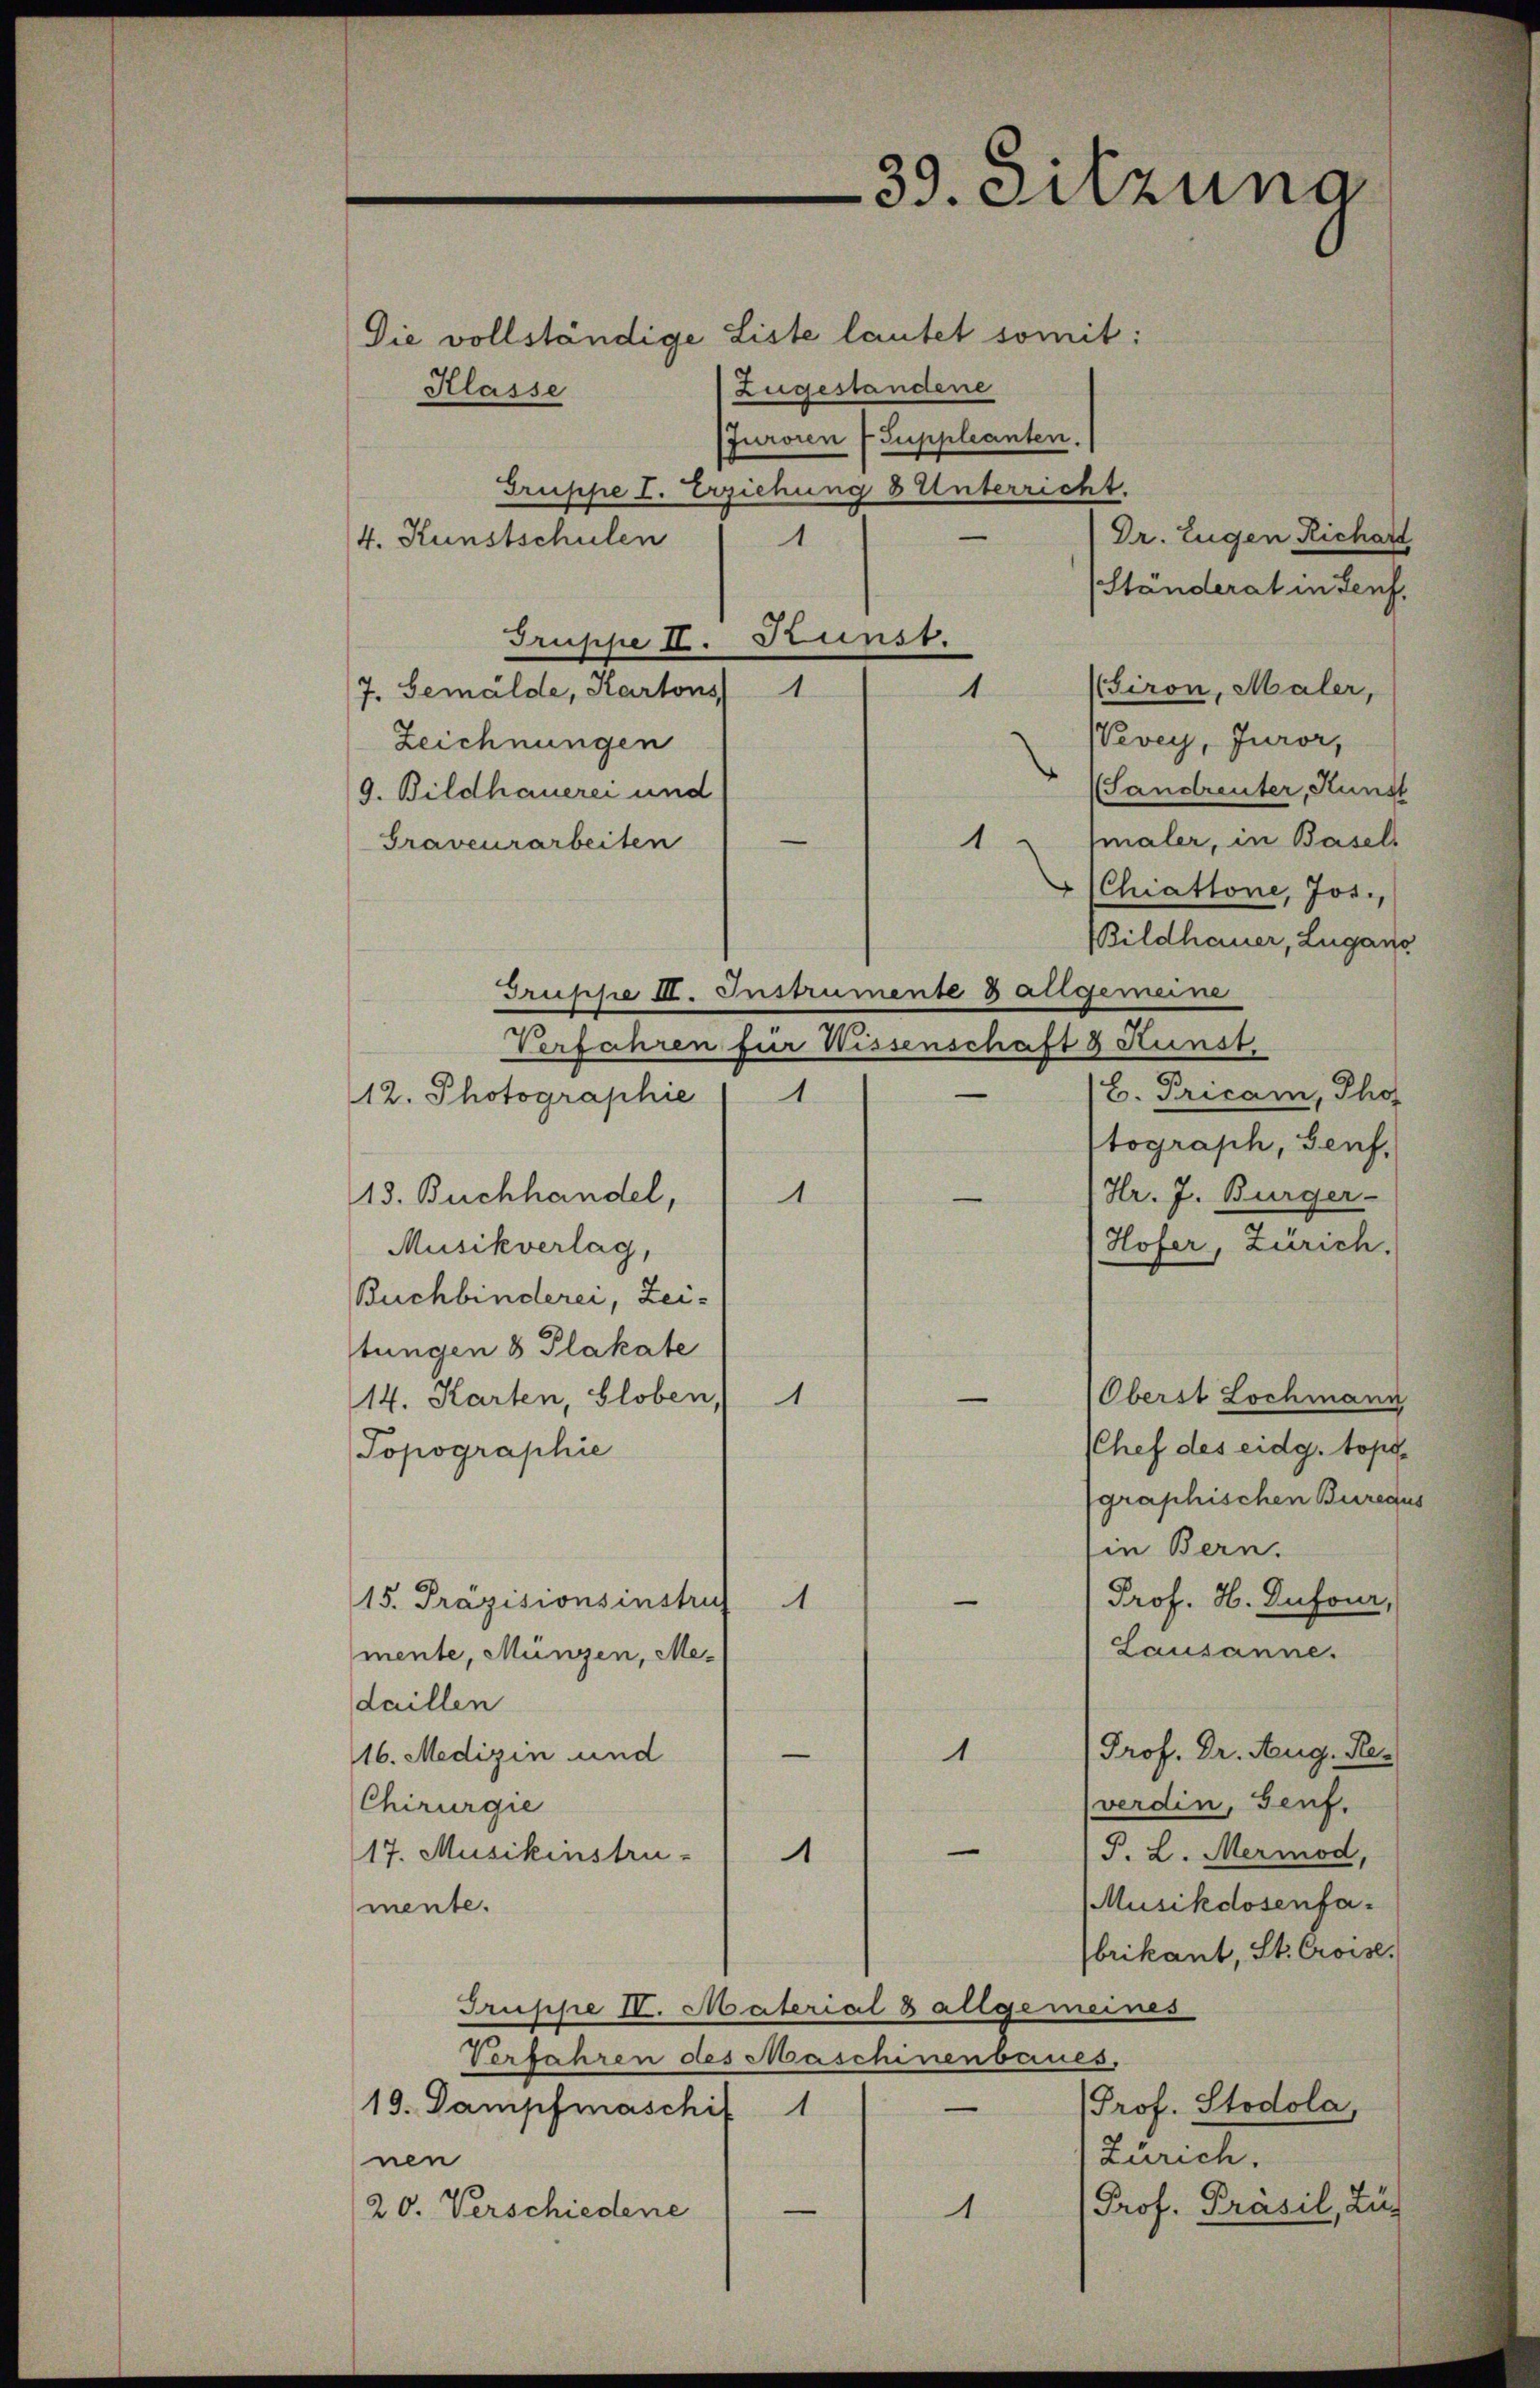
39. Sitzung

Die vollständige Liste lautet somit:
Zugestandene
Klasse
Juroren Suppleanten.
Gruppe I. Erziehung 8 Unterricht.
Dr. Eugen Richar
1
4. Kunstschulen
(Standerat in Teuf
Truppe I. Prunst.
Biron, Maler,
1
7. Gemälde, Kartons 1
Vevey, Juror,
Zeichnungen
(Sandreuter, Kunst
9. Bildhauerei und
e
maler, in Basels
1
Graveurarbeiten
Chuattone, Jos.,
Bildhauer, Lugan
Truppe III. Instrumente 8 allgemeine
Verfahren für Wissenschaft & Kunst
B. Tricam, Tho
12. Photographie (1
tograph, Genf,
Hr. J. Bürger
13. Buchhandel,
1
e
Hofer, Zürich.
Musikverlag,
Buchbinderei, Zeistungen 8 Plakate
1.
Oberst Lochmann
14. Karten, Globen,
Chef des eidg. topo
Topographie
graphischen Bures
in Bern.
Prof. H. Dufour,
15. Präzisionsinstru
A
Lausanne.
mente, Münzen, Medaillen
Prof. Dr. Aug. Re-
—
1
16. Medizin und
verdin, Genf.
Chirurgie
—
P. L. Mermod,
17. Musikinstru
1
Musikdosenfa
mente.
brikant, St. Croise.
Truppe II. Material 8 allgemeines
Verfahren des Maschinenseines.
Prof. Stodola,
19. Dampfmaschif 1
Zürich.
nen
Prof. Brasil, Zug
—
20. Verschiedene
1.

2